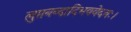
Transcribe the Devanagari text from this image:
लुप्तनन्दादिभववेदनः।